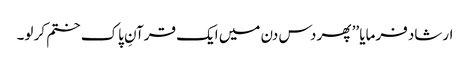
ارشاد فرمایا ’’ پھر دس دن میں ایک قرآنِ پاک ختم کر لو۔